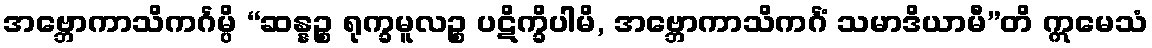
အဗ္ဘောကာသိကင်္ဂမ္ပိ “ဆန္နဉ္စ ရုက္ခမူလဉ္စ ပဋိက္ခိပါမိ, အဗ္ဘောကာသိကင်္ဂံ သမာဒိယာမီ”တိ ဣမေသံ